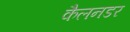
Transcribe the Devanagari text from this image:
कैलनडर